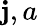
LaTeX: \mathbf{j},a